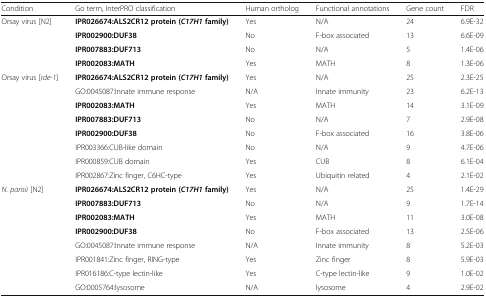
<table><thead><tr><td><b>Condition</b></td><td><b>Go term, InterPRO classification</b></td><td><b>Human ortholog</b></td><td><b>Functional annotations</b></td><td><b>Gene count</b></td><td><b>FDR</b></td></tr></thead><tbody><tr><td>Orsay virus [N2]</td><td><b>IPR026674:ALS2CR12 protein</b><b>(</b><b><i>C17H1</i></b><b>family)</b></td><td>Yes</td><td>N/A</td><td>24</td><td>6.9E-32</td></tr><tr><td></td><td><b>IPR002900:DUF38</b></td><td>No</td><td>F-box associated</td><td>13</td><td>6.6E-09</td></tr><tr><td></td><td><b>IPR007883:DUF713</b></td><td>No</td><td>N/A</td><td>5</td><td>1.4E-06</td></tr><tr><td></td><td><b>IPR002083:MATH</b></td><td>Yes</td><td>MATH</td><td>8</td><td>1.3E-06</td></tr><tr><td>Orsay virus [<i>rde-1</i>]</td><td><b>IPR026674:ALS2CR12 protein</b><b>(</b><b><i>C17H1</i></b><b>family)</b></td><td>Yes</td><td>N/A</td><td>25</td><td>2.3E-25</td></tr><tr><td></td><td>GO:0045087:Innate immune response</td><td>N/A</td><td>Innate immunity</td><td>23</td><td>6.2E-13</td></tr><tr><td></td><td><b>IPR002083:MATH</b></td><td>Yes</td><td>MATH</td><td>14</td><td>3.1E-09</td></tr><tr><td></td><td><b>IPR007883:DUF713</b></td><td>No</td><td>N/A</td><td>7</td><td>2.9E-08</td></tr><tr><td></td><td><b>IPR002900:DUF38</b></td><td>No</td><td>F-box associated</td><td>16</td><td>3.8E-06</td></tr><tr><td></td><td>IPR003366:CUB-like domain</td><td>No</td><td>N/A</td><td>9</td><td>4.7E-06</td></tr><tr><td></td><td>IPR000859:CUB domain</td><td>Yes</td><td>CUB</td><td>8</td><td>6.1E-04</td></tr><tr><td></td><td>IPR002867:Zinc finger, C6HC-type</td><td>Yes</td><td>Ubiquitin related</td><td>4</td><td>2.1E-02</td></tr><tr><td><i>N. parisii</i> [N2]</td><td><b>IPR026674:ALS2CR12 protein</b><b>(</b><b><i>C17H1</i></b><b>family)</b></td><td>Yes</td><td>N/A</td><td>25</td><td>1.4E-29</td></tr><tr><td></td><td><b>IPR007883:DUF713</b></td><td>No</td><td>N/A</td><td>9</td><td>1.7E-14</td></tr><tr><td></td><td><b>IPR002083:MATH</b></td><td>Yes</td><td>MATH</td><td>11</td><td>3.0E-08</td></tr><tr><td></td><td><b>IPR002900:DUF38</b></td><td>No</td><td>F-box associated</td><td>13</td><td>2.5E-06</td></tr><tr><td></td><td>GO:0045087:Innate immune response</td><td>N/A</td><td>Innate immunity</td><td>8</td><td>5.2E-03</td></tr><tr><td></td><td>IPR001841:Zinc finger, RING-type</td><td>Yes</td><td>Zinc finger</td><td>8</td><td>5.9E-03</td></tr><tr><td></td><td>IPR016186:C-type lectin-like</td><td>Yes</td><td>C-type lectin-like</td><td>9</td><td>1.0E-02</td></tr><tr><td></td><td>GO:0005764:lysosome</td><td>N/A</td><td>lysosome</td><td>4</td><td>2.9E-02</td></tr></tbody></table>